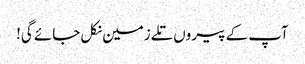
آپ کے پیروں تلے زمین نکل جائے گی!